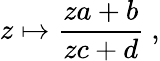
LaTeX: z\mapsto{\frac{za+b}{zc+d}}\ ,